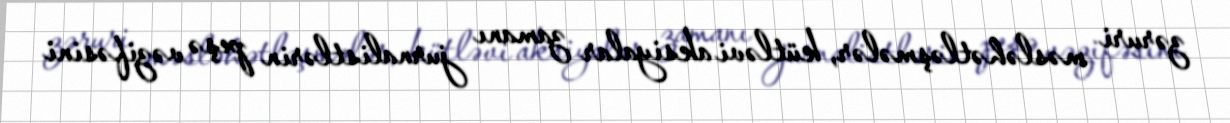
zəruri məsləhətləşmələr, kütləvi aksiyalar zamanı jurnalistlərin peşə vəzifəsini